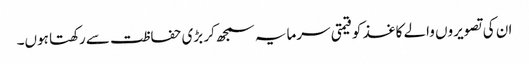
ان کی تصویروں والے کاغذ کو قیمتی سرمایہ سمجھ کر بڑی حفاظت سے رکھتا ہوں۔